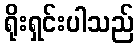
ရိုးရှင်းပါသည်